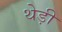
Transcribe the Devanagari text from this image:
थेड़ी